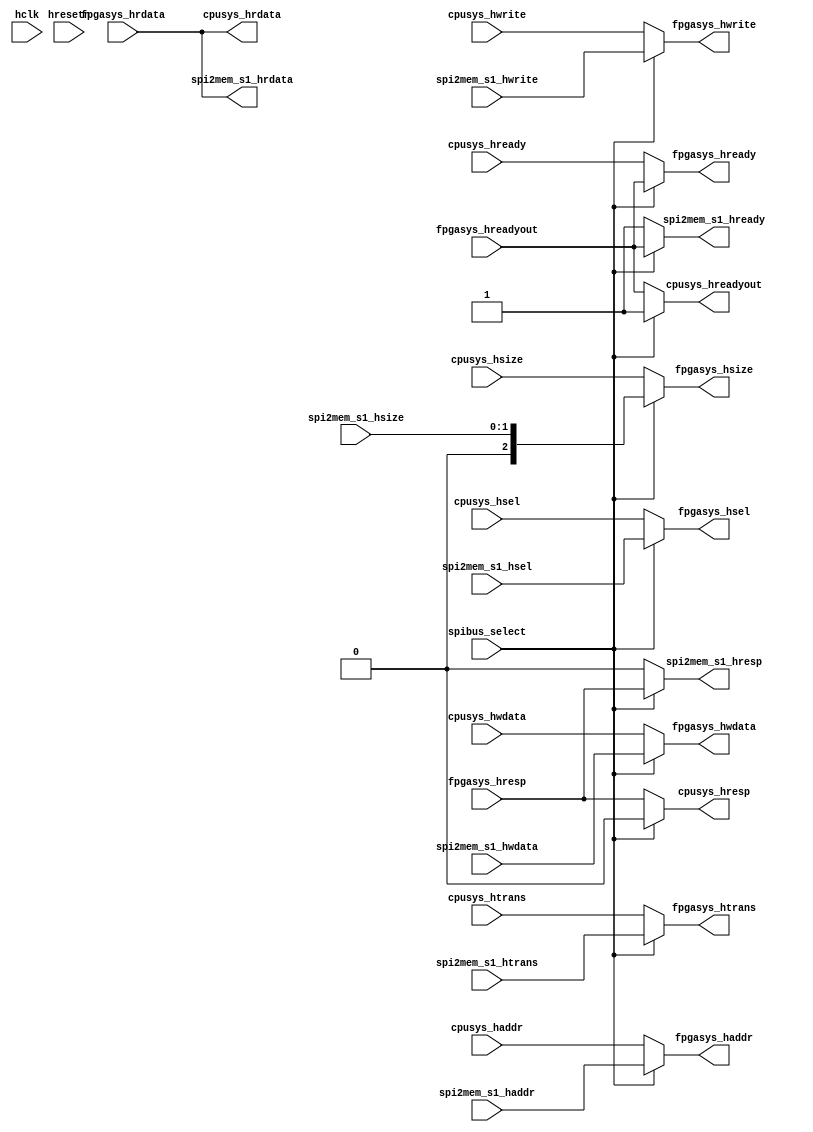
// This program was cloned from: https://github.com/verimake-team/SparkRoad-V
// License: MIT License

//-----------------------------------------------------------------------------
// The confidential and proprietary information contained in this file may
// only be used by a person authorised under and to the extent permitted
// by a subsisting licensing agreement from ARM Limited.
//
//            (C) COPYRIGHT 2013 ARM Limited.
//                ALL RIGHTS RESERVED
//
// This entire notice must be reproduced on all copies of this file
// and copies of this file may only be made by a person if such person is
// permitted to do so under the terms of a subsisting license agreement
// from ARM Limited.
//
//      SVN Information
//
//      Checked In          : $Date: 2017-07-25 15:10:13 +0100 (Tue, 25 Jul 2017) $
//
//      Revision            : $Revision: 368444 $
//
//      Release Information : Cortex-M0 DesignStart-r2p0-00rel0
//
//-----------------------------------------------------------------------------
//-----------------------------------------------------------------------------
// Abstract : Simple bus multiplexer for V2M-MPS2 FPGA
//-----------------------------------------------------------------------------
// Note: This bus MUX does not support simultaneous request from both sides
// select control is driven by SPI to APB/AHB interface
// When MCC is driving the bus, the processor must be disabled

module fpga_sys_bus_mux (
  input   wire            hclk,
  input   wire            hresetn,

  input   wire            spibus_select, // 0 = processor, 1 = SPI

  // Bus connection from processor
  input   wire            cpusys_hsel,        // select
  input   wire    [31:0]  cpusys_haddr,       // address
  input   wire     [1:0]  cpusys_htrans,      // transfer control
  input   wire     [2:0]  cpusys_hsize,       // size
  input   wire            cpusys_hwrite,      // write control
  input   wire    [31:0]  cpusys_hwdata,      // write data
  input   wire            cpusys_hready,      // ready

  output  wire            cpusys_hreadyout,   // ready
  output  wire    [31:0]  cpusys_hrdata,      // read data output from SRAM
  output  wire            cpusys_hresp,       // response

  // AHB connection from SPI to APB/AHB block
  input   wire            spi2mem_s1_hsel,
  input   wire    [31:0]  spi2mem_s1_haddr,
  input   wire     [1:0]  spi2mem_s1_htrans,
  input   wire            spi2mem_s1_hwrite,
  input   wire    [31:0]  spi2mem_s1_hwdata,
  input   wire     [1:0]  spi2mem_s1_hsize,

  output  wire    [31:0]  spi2mem_s1_hrdata,
  output  wire            spi2mem_s1_hready,
  output  wire            spi2mem_s1_hresp,

  // AHB connection to FPGA system
  output  wire            fpgasys_hsel,        // select
  output  wire    [31:0]  fpgasys_haddr,       // address
  output  wire     [1:0]  fpgasys_htrans,      // transfer control
  output  wire     [2:0]  fpgasys_hsize,       // size
  output  wire            fpgasys_hwrite,      // write control
  output  wire    [31:0]  fpgasys_hwdata,      // write data
  output  wire            fpgasys_hready,      // ready

  input   wire            fpgasys_hreadyout,   // ready
  input   wire    [31:0]  fpgasys_hrdata,      // read data output from SRAM
  input   wire            fpgasys_hresp        // response
  );

  // Simple bus mux - spibus_select can only be switched when CPU is not active

  assign fpgasys_hsel  = (spibus_select) ? spi2mem_s1_hsel  : cpusys_hsel;
  assign fpgasys_haddr = (spibus_select) ? spi2mem_s1_haddr : cpusys_haddr;
  assign fpgasys_htrans= (spibus_select) ? spi2mem_s1_htrans: cpusys_htrans;
  assign fpgasys_hsize = (spibus_select) ? {1'b0,spi2mem_s1_hsize}: cpusys_hsize;
  assign fpgasys_hwrite= (spibus_select) ? spi2mem_s1_hwrite  : cpusys_hwrite;
  assign fpgasys_hwdata= (spibus_select) ? spi2mem_s1_hwdata  : cpusys_hwdata;
  assign fpgasys_hready= (spibus_select) ? fpgasys_hreadyout  : cpusys_hready;

  assign cpusys_hreadyout  = (spibus_select) ? 1'b1  : fpgasys_hreadyout;
  assign cpusys_hrdata     = fpgasys_hrdata;
  assign cpusys_hresp      = (spibus_select) ? 1'b0 : fpgasys_hresp;

  assign spi2mem_s1_hrdata = fpgasys_hrdata;
  assign spi2mem_s1_hready = (spibus_select) ? fpgasys_hreadyout : 1'b1;
  assign spi2mem_s1_hresp  = (spibus_select) ? fpgasys_hresp     : 1'b0;

endmodule